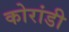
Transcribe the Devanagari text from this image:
कोरांडी